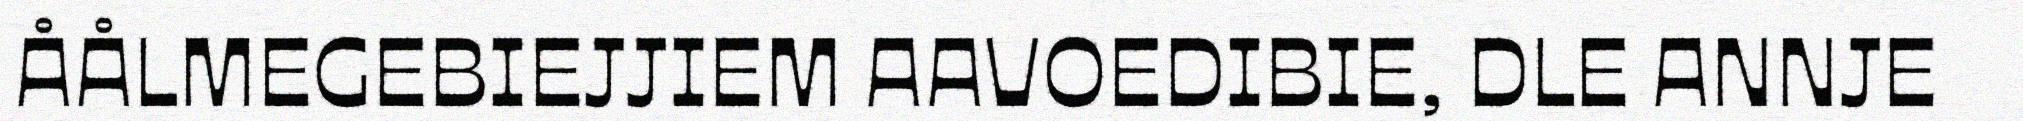
ÅÅLMEGEBIEJJIEM AAVOEDIBIE, DLE ANNJE